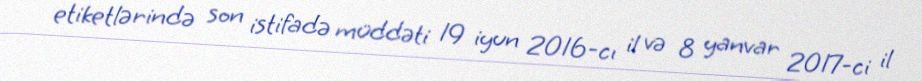
etiketlərində son istifadə müddəti 19 iyun 2016-cı il və 8 yanvar 2017-ci il